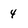
Character: 4